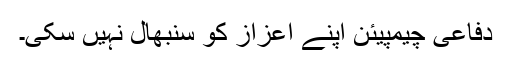
دفاعی چیمپیئن اپنے اعزاز کو سنبھال نہیں سکی۔